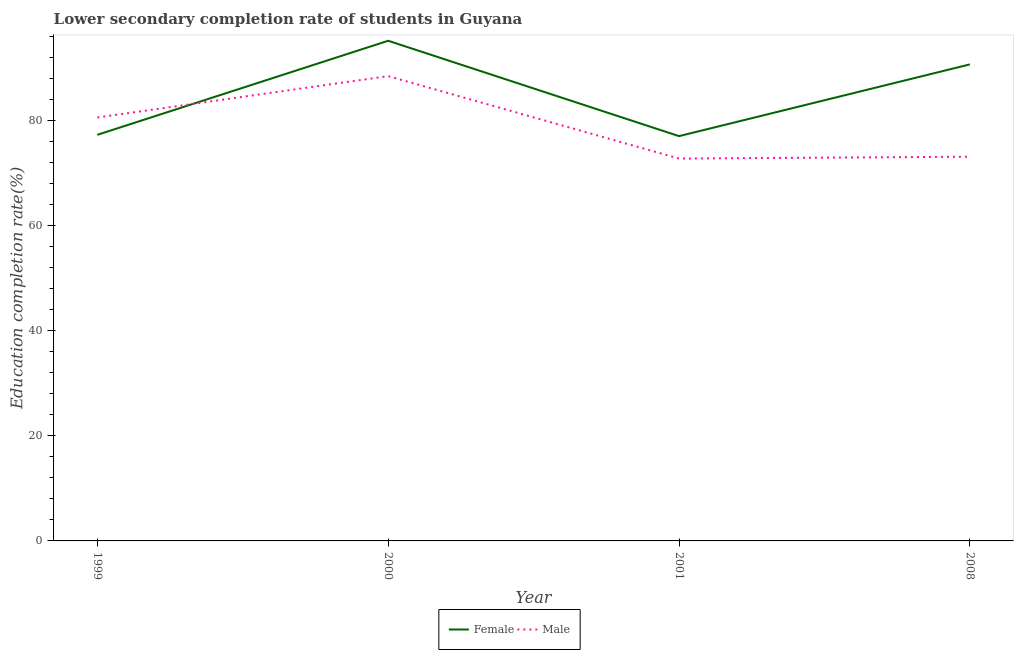
| Year | Female | Male |
 | --- | --- | --- |
 | 1999 | 77.3 | 80.6 |
 | 2000 | 95.2 | 88.5 |
 | 2001 | 77.1 | 72.8 |
 | 2008 | 90.7 | 73.2 |